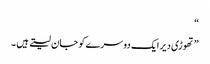
“
” تھوڑی دیر ایک دوسرے کو جان لیتے ہیں ۔